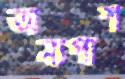
অন্যপাশ